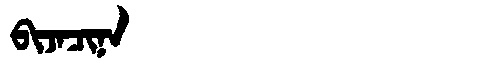
Manchu: ᠪᡳᠵᠠᠴᡳᠨᠠ
Romanization: BIJACINA